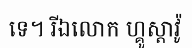
ទេ។ រីឯលោក ហ្គូស្តាវ៉ូ